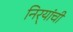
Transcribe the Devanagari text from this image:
निर्‍यांची